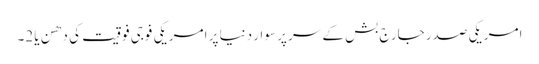
امریکی صدر جارج بش کے سر پر سوار دنیا پر امریکی فوجی فوقیت کی دھن یا 2۔